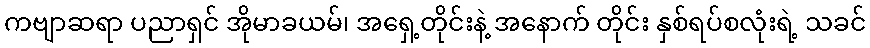
ကဗျာဆရာ ပညာရှင် အိုမာခယမ်၊ အရှေ့တိုင်းနဲ့ အနောက် တိုင်း နှစ်ရပ်စလုံးရဲ့ သခင်